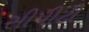
સીપીટી